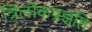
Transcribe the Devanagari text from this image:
त्रिलोकप्रज्ञप्ति